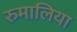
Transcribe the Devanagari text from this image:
रुमालिया